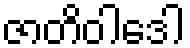
ဇာတိဝါဒေါ